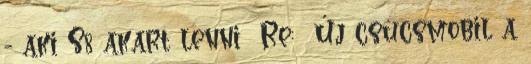
- aki S8 akart lenni Re: Új csúcsmobil a